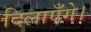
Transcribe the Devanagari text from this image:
दिलाएँगे।